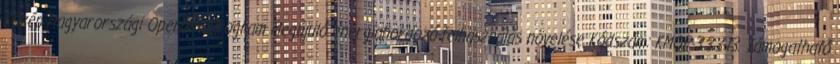
Közép-Magyarországi Operatív Program Megújuló energiahordozó-felhasználás növelése Kódszám: KMOP-3.3.3-13. Támogatható